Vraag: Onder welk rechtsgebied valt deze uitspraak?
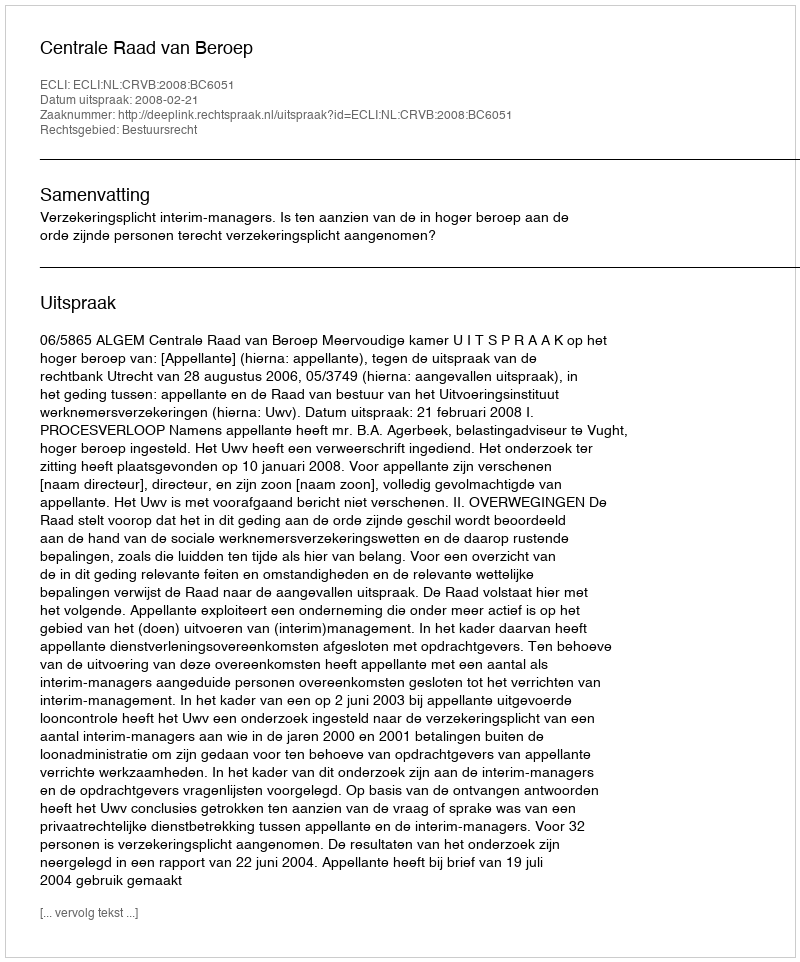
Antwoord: Bestuursrecht